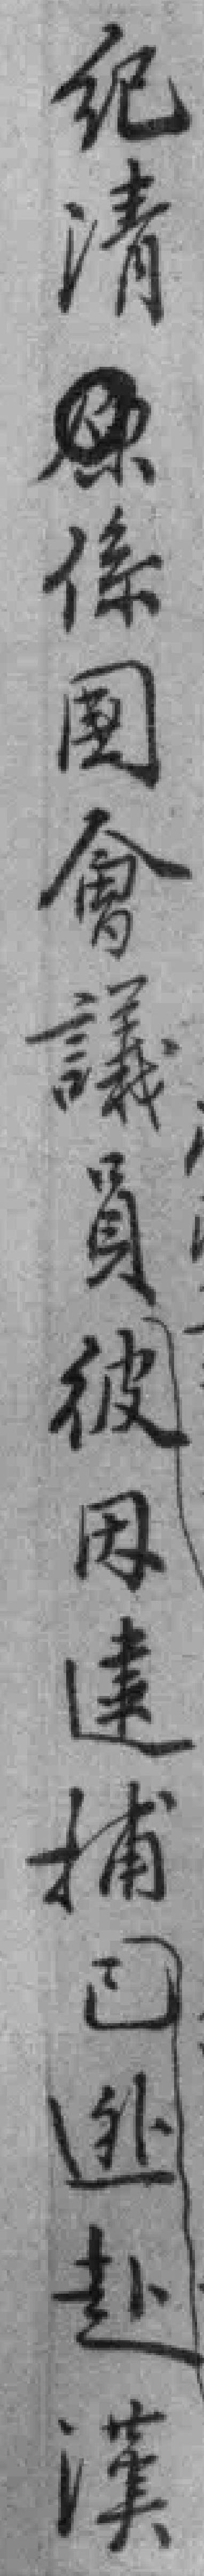
纪清係國會議員彼因逮捕已迯赴漢